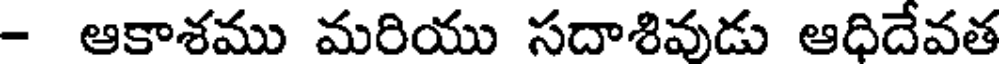
- ఆకాశము మరియు సదాశివుడు ఆధిదేవత